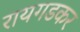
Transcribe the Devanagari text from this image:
रायगडकर